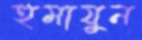
হুমাযুন